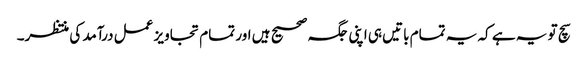
سچ تو یہ ہے کہ یہ تمام باتیں ہی اپنی جگہ صحیح ہیں اور تمام تجاویز عمل درآمد کی منتظر۔